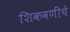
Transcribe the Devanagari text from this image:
शिकवणींचे